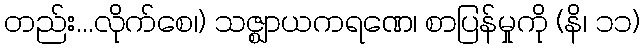
တည်း...လိုက်စေ၊) သဇ္ဈာယကရဏေ၊ စာပြန်မှုကို (နိ၊ ၁၁)